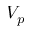
V _ { p }